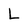
Character: L